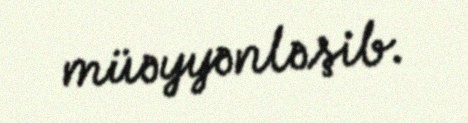
müəyyənləşib.